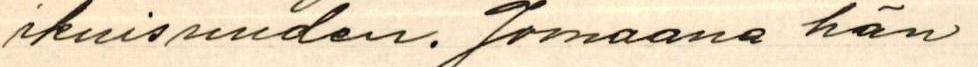
ikuisuuden. Jomaassa hän